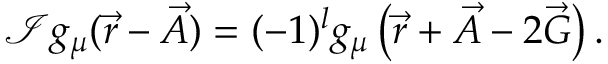
\mathcal { I } g _ { \mu } ( \vec { r } - \vec { A } ) = ( - 1 ) ^ { l } g _ { \mu } \left( \vec { r } + \vec { A } - 2 \vec { G } \right) .